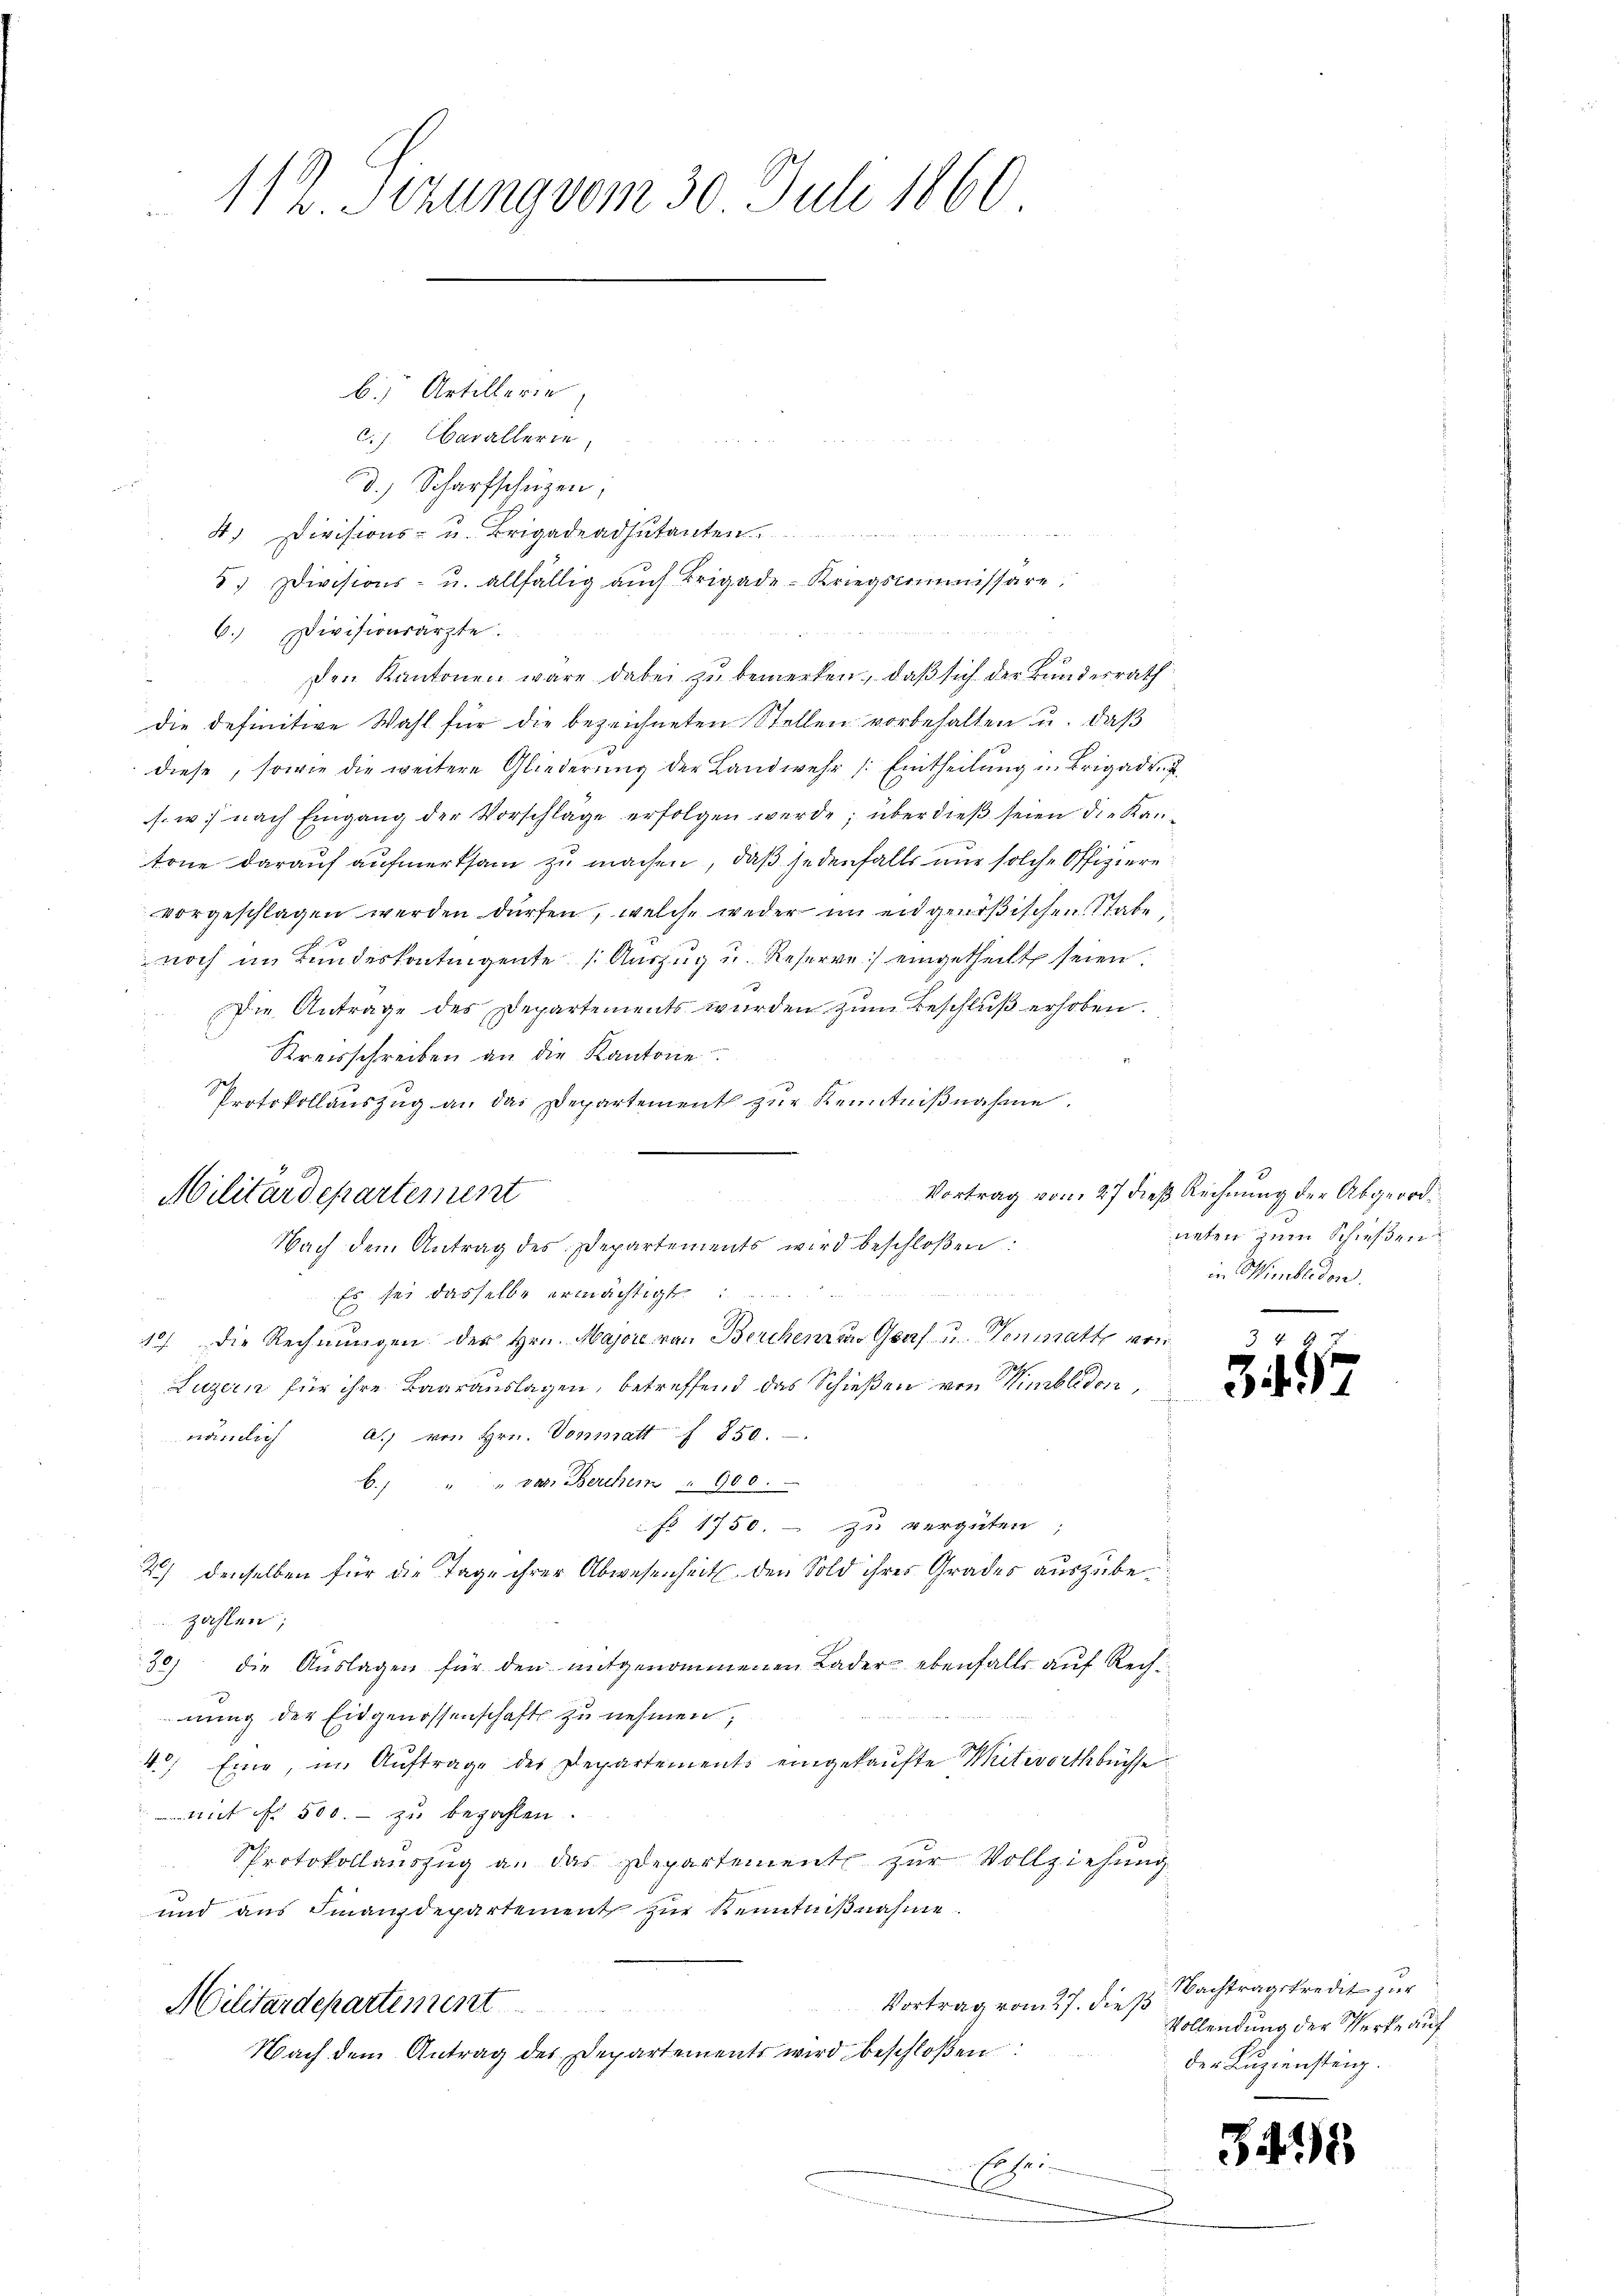
112. Sizung vom 30. Juli 1860

b. Artillerie
c. Oberallerie,
d.) Scharfschüzen,
4). Divisions- u. Brigadeadsutanten
5.) Divisions- u. allfällig auch Brigade-Kriegscommissare.
6.) Divisionsarzte.
Den Kantonen wäre dabei zu bemerken, daß sich der Bundesrath
die definitive Wahl für die bezeichneten Stellen vorbehalten u. daß
diese, sowie die weitere Gliederung der Landwehr /: Eintheilung in Brigaden
s. w. nach Eingang der Vorschlage erfolgen werde; überdieβ seien die Kantone darauf aufmerksam zu machen, daß jedenfalls nur solche Offiziere
vorgeschlagen werden dürfen, welche weder im engenößischen Stabe
noch im Bundeskontingente Auszug u. Reserve) eingetheilt seien.
Die Antrage des Departements wurden zum Beschluß erhoben.
Kreisschreiben an die Kantone
Protokollauszug an das Departement zŭr Kenntniβnahme.
Es sei dasselbe ermächtigt
10) Die Rechnŭngen der Hrn. Major von Berchenzen Graf u. Veniatt von
Luzern für ihre Baarauslagen, betreffend das Schießen von Himblidon
nämlich a. von Hrn. Vonmatt f 850.
6. " " dat. Berchen " 900.
o 1750. zu vergüten;
2) denselben für die Tage ihrer Abwesenheit den Sold ihres Grades auszubezahlen;
30) die Auslagen für den mitgenommenen Lader ebenfalls auf Rechnung der Eidgenossenschaft zu nehmen,
4.) Eine, in Auftrage des Departements eingekaufte Mitworthbüchse¬
Mit ist 500. - zu bezahlen.
Pprotokollauszug an das Departement zur Vollziehung
und aus Finanzdepartement zŭr Kenntniβnahme
Vortrag vom 27. dieß
Militärdepartement
Nach dem Antrag des Departements wird beschloßen
Es sei

a
Militärdepartement
Nach dem Antrag des Departements wird beschloßen:

.

d

Vortrag vom 27 dieß Rechnung der Abgeordneten zum Schießen
in Wimbedon.

319

Nachtragskredit zur
Vollendung der Merke auf
der Luziensteig.

3495